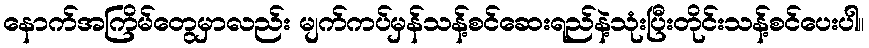
နောက်အကြိမ်တွေမှာလည်း မျက်ကပ်မှန်သန့်စင်ဆေးရည်နဲ့သုံးပြီးတိုင်းသန့်စင်ပေးပါ။